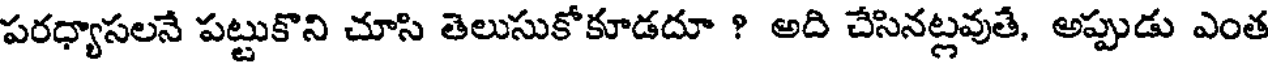
పరధ్యాసలనే పట్టుకొని చూసి తెలుసుకోకూడదూ ? అది చేసినట్లవుతే, అప్పుడు ఎంత